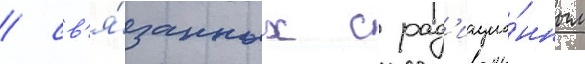
/ св'я́занных с рад'иацио́нным